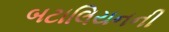
બટાલિયનની